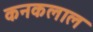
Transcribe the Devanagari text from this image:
कनकलाल